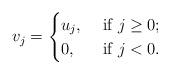
LaTeX: \begin{align*}v_j=\begin{cases}u_j,&\mbox{ if }j\ge0;\\0,&\mbox{ if }j<0.\end{cases}\end{align*}